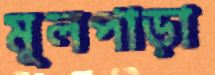
মূলপাড়া